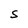
Character: S